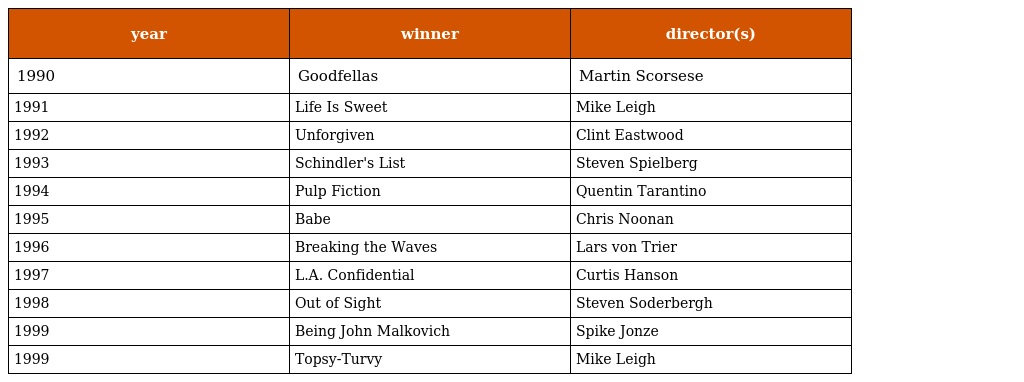
| year | winner | director(s) |
 | --- | --- | --- |
 | 1990 | Goodfellas | Martin Scorsese |
 | 1991 | Life Is Sweet | Mike Leigh |
 | 1992 | Unforgiven | Clint Eastwood |
 | 1993 | Schindler's List | Steven Spielberg |
 | 1994 | Pulp Fiction | Quentin Tarantino |
 | 1995 | Babe | Chris Noonan |
 | 1996 | Breaking the Waves | Lars von Trier |
 | 1997 | L.A. Confidential | Curtis Hanson |
 | 1998 | Out of Sight | Steven Soderbergh |
 | 1999 | Being John Malkovich | Spike Jonze |
 | 1999 | Topsy-Turvy | Mike Leigh |